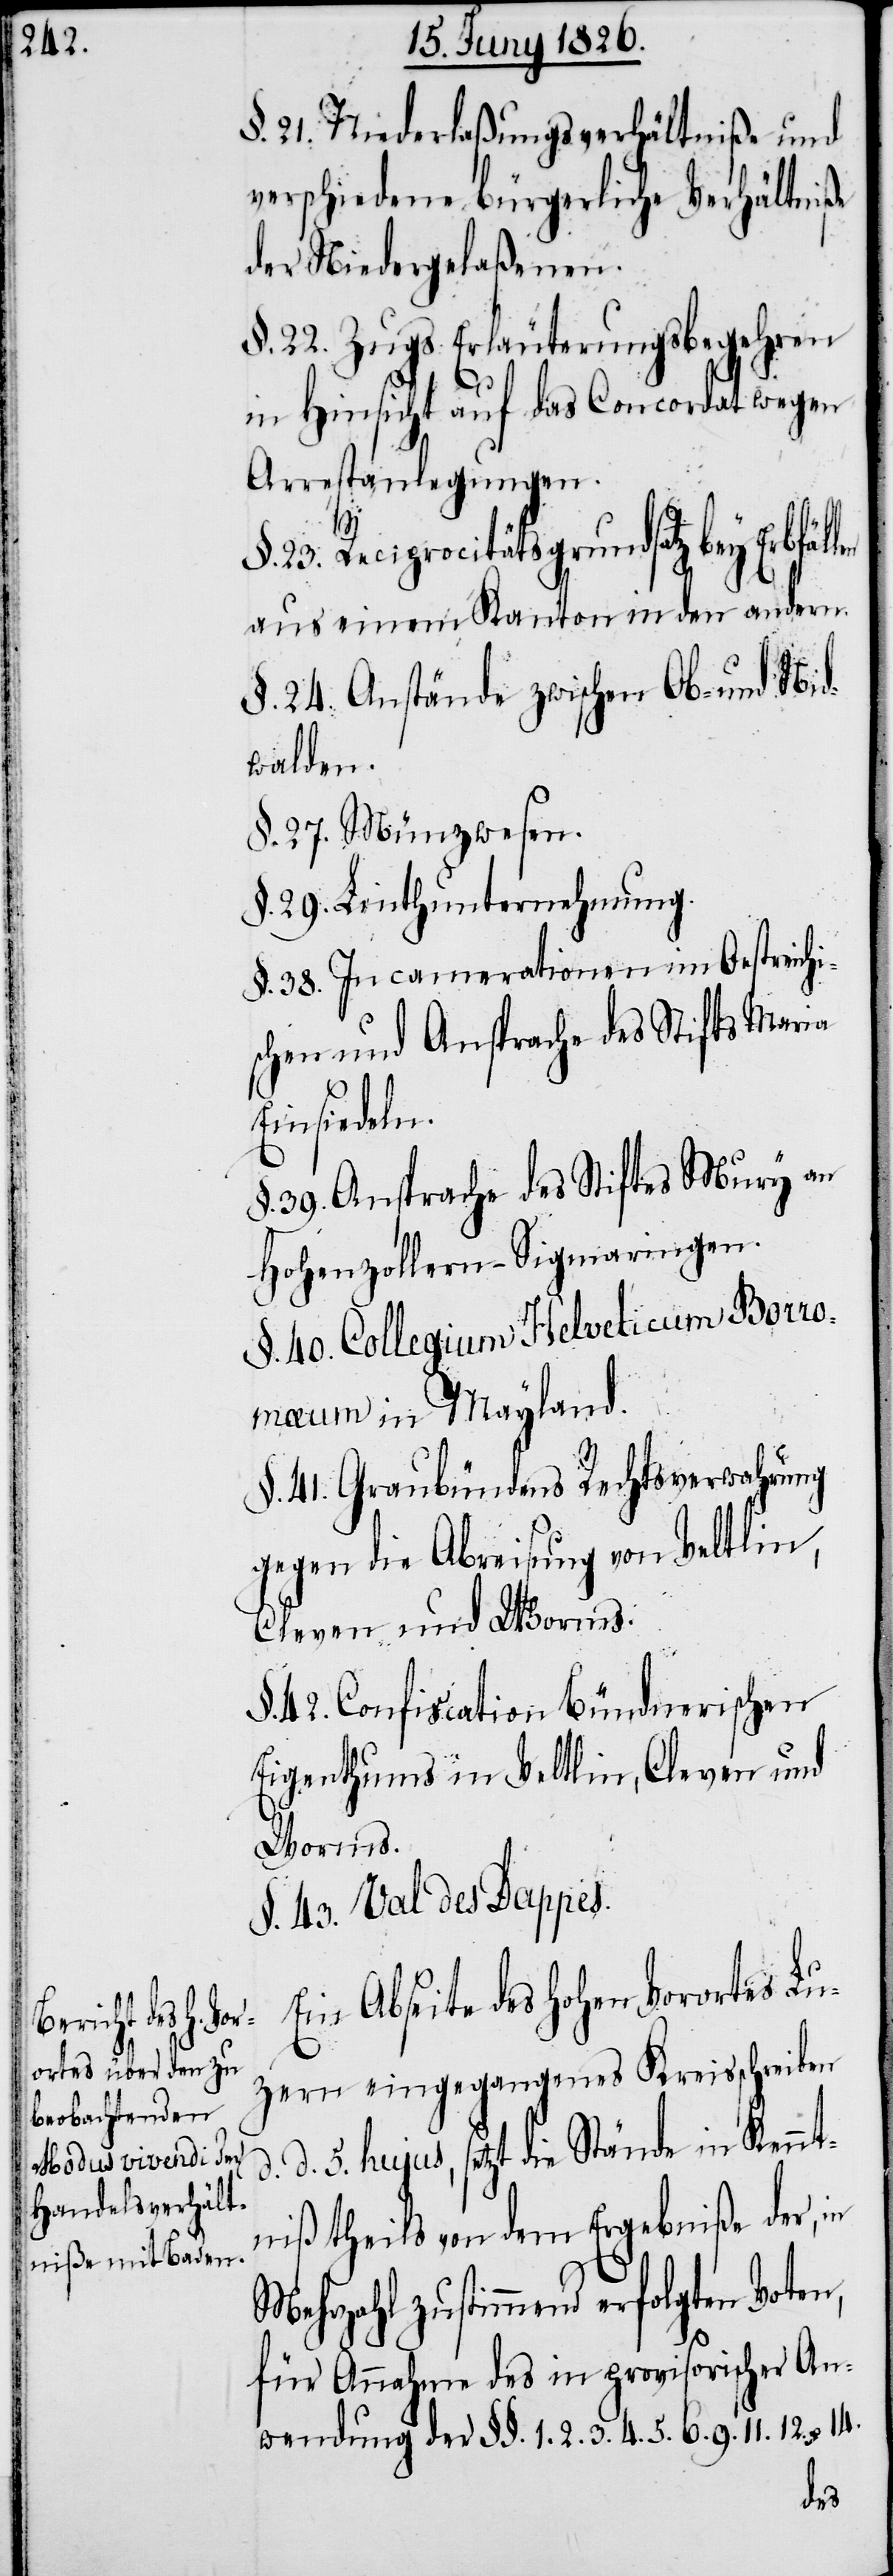
§. 21. Niederlaßungsverhältniße und
verschiedene bürgerliche Verhältniße
der Niedergelaßenen.
§. 22. Zugs Erläuterungsbegehren
in Hinsicht auf das Concordat wegen
Arrestanlegungen.
23. Reciprocitätsgrundsatz bey Erbfäl¬
aus einem Kanton in den andern.
§. 24. Anstände zwischen Ob- und Nid¬
walden.
§. 27. Münzwesen.
§. 29. Linthunternehmung.
§. 38. Incamerationen im Oestreichi¬
schen und Ansprache des Stifts Maria
Einsiedeln.
§. 39. Ansprache des Stiftes Mury an
Hohenzollern-Sigmaringen.
§. 40. Collegium Helveticum Borro¬
mæum in Mayland.
§. 41. Graubündens Rechtsverwahrung
gegen die Abreisung von Veltlin,
Cleven und Worms.
§. 42. Confiscation Bündnerischen
Eigenthums in Veltlin, Cleven und
Worms.
§. 43. Val des Dappes.
Ein Abseite des hohen Vorortes Lu¬
zern eingegangenes Kreisschreiben
d. 5. hujus, setzt die Stände in Kennt¬
niß theils von dem Ergebniße der, in
Mehrzahl zustimmend erfolgten Voten,
für Annahme des in provisorischer An¬
wendung der §§. 1. 2. 3. 4. 5. 6. 9. 11. 12. u. 14.
len